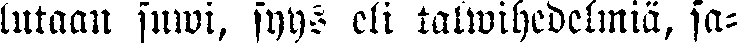
lutaan suwi, syys eli talwihedelmiä, sa-